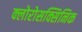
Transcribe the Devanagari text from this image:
क्लोरोसक्सिनिक